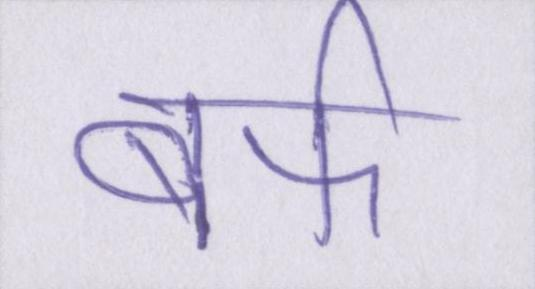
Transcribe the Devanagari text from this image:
बर्फ